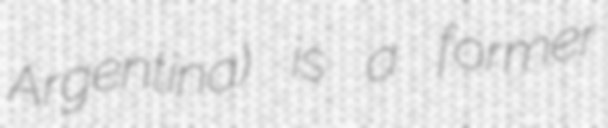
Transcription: Argentina) is a former